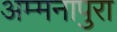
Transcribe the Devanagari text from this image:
अम्मनापुरा